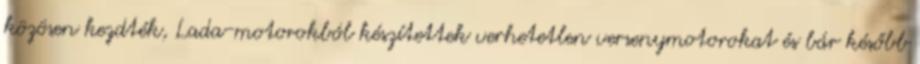
közösen kezdték, Lada-motorokból készítettek verhetetlen versenymotorokat és bár később